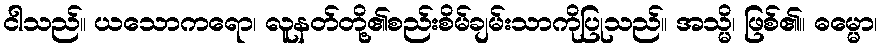
ငါသည်။ ယသောကရော၊ လူနတ်တို့၏စည်းစိမ်ချမ်းသာကိုပြုသည်။ အသ္မိ၊ ဖြစ်၏။ ဓမ္မော၊